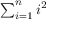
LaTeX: \textstyle \sum _ { i = 1 } ^ { n } i ^ { 2 }